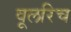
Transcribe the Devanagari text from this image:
वूलरिच